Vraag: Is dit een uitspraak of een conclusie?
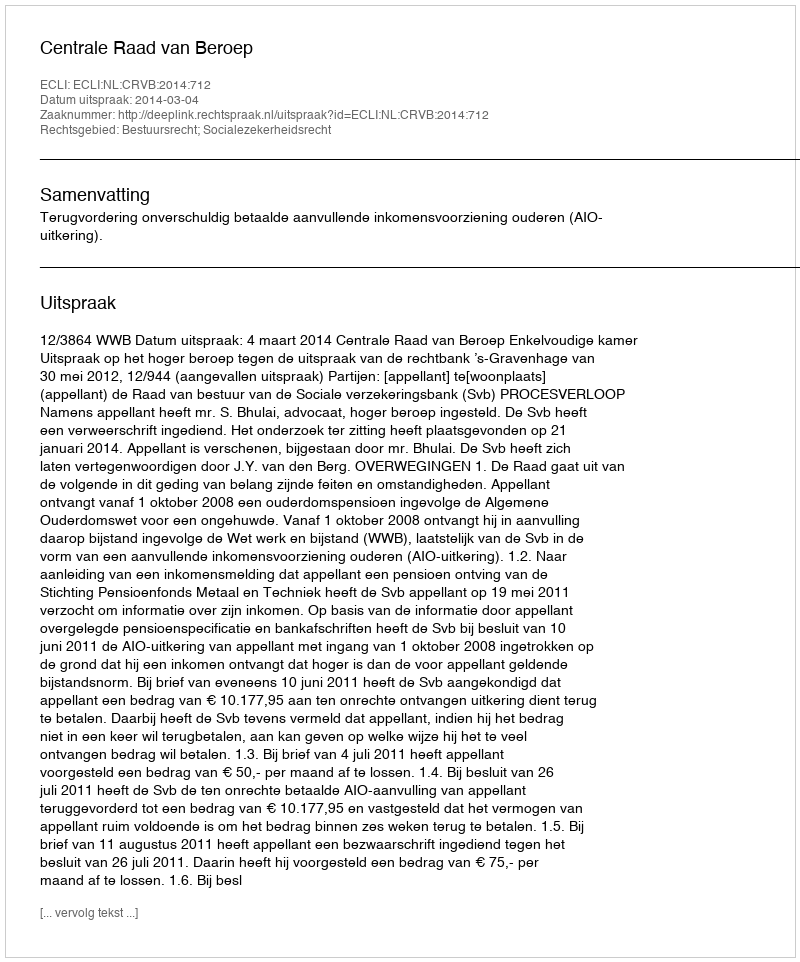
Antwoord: Uitspraak